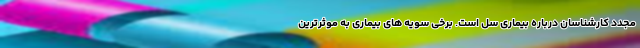
مجدد کارشناسان درباره بیماری سل است. برخی سویه های بیماری به موثرترین